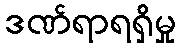
ဒဏ်ရာရရှိမှု